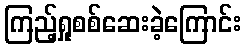
ကြည့်ရှုစစ်ဆေးခဲ့ကြောင်း